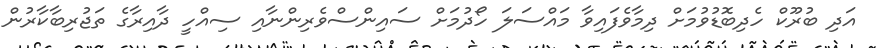
އަދި ބުރޫކް ހެދިބޮޑުވުމަށް ދިމާވެފައިވާ މައްސަލަ ހޯދުމަށް ސައިންސްވެރިންނާއި ސިއްހީ ދާއިރާގެ ތަޖުރިބާކާރުން